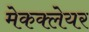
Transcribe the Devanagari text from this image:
मेकक्लेयर